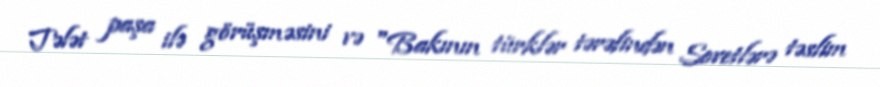
Tələt paşa ilə görüşməsini və "Bakının türklər tərəfindən Sovetlərə təslim